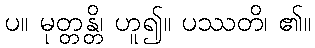
ပ။ မုတ္တန္တိ၊ ဟူ၍။ ပဿတိ၊ ၏။